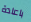
باعادة